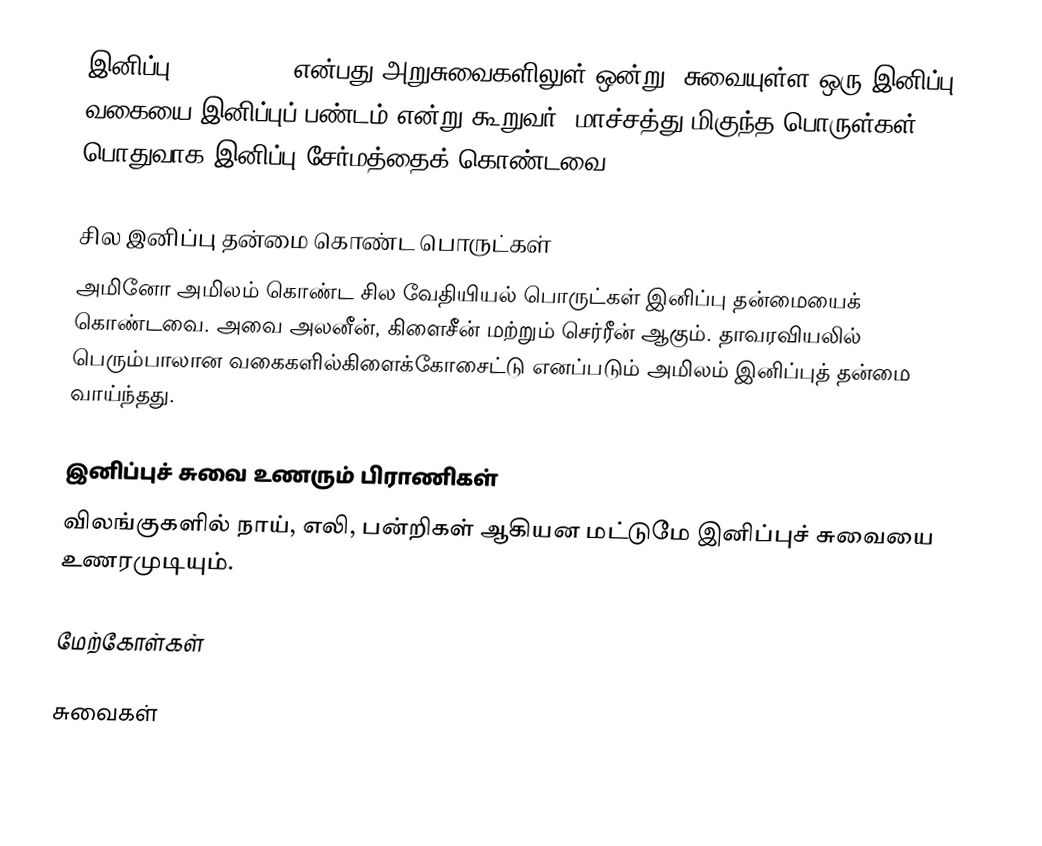
இனிப்பு (Sweetness) என்பது அறுசுவைகளிலுள் ஒன்று. சுவையுள்ள ஒரு இனிப்பு வகையை இனிப்புப் பண்டம் என்று கூறுவர். மாச்சத்து மிகுந்த பொருள்கள் பொதுவாக இனிப்பு சேர்மத்தைக் கொண்டவை.

சில இனிப்பு தன்மை கொண்ட பொருட்கள்
அமினோ அமிலம் கொண்ட சில வேதியியல் பொருட்கள் இனிப்பு தன்மையைக் கொண்டவை. அவை அலனீன், கிளைசீன் மற்றும் செர்ரீன் ஆகும். தாவரவியலில் பெரும்பாலான வகைகளில்கிளைக்கோசைட்டு எனப்படும் அமிலம் இனிப்புத் தன்மை வாய்ந்தது.

இனிப்புச் சுவை உணரும் பிராணிகள்
விலங்குகளில் நாய், எலி, பன்றிகள் ஆகியன மட்டுமே இனிப்புச் சுவையை உணரமுடியும்.

மேற்கோள்கள்

சுவைகள்